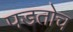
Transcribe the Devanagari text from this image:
पडतोच